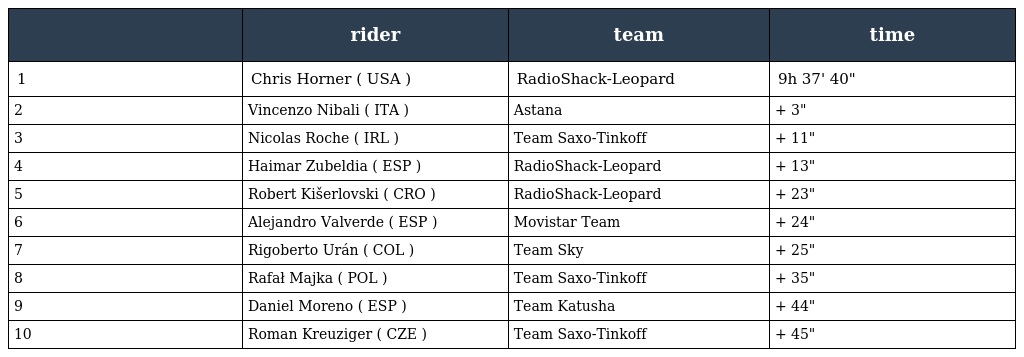
|  | rider | team | time |
 | --- | --- | --- | --- |
 | 1 | Chris Horner ( USA ) | RadioShack-Leopard | 9h 37' 40" |
 | 2 | Vincenzo Nibali ( ITA ) | Astana | + 3" |
 | 3 | Nicolas Roche ( IRL ) | Team Saxo-Tinkoff | + 11" |
 | 4 | Haimar Zubeldia ( ESP ) | RadioShack-Leopard | + 13" |
 | 5 | Robert Kišerlovski ( CRO ) | RadioShack-Leopard | + 23" |
 | 6 | Alejandro Valverde ( ESP ) | Movistar Team | + 24" |
 | 7 | Rigoberto Urán ( COL ) | Team Sky | + 25" |
 | 8 | Rafał Majka ( POL ) | Team Saxo-Tinkoff | + 35" |
 | 9 | Daniel Moreno ( ESP ) | Team Katusha | + 44" |
 | 10 | Roman Kreuziger ( CZE ) | Team Saxo-Tinkoff | + 45" |